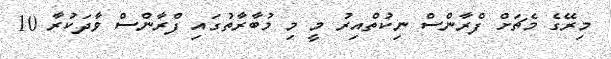
މިރޭގެ މެޗަށް ފްރާންސް ނިކުތްއިރު މީ މި މުބާރާތުގައި ފްރާންސް ވާދަކުރާ 10